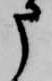
申